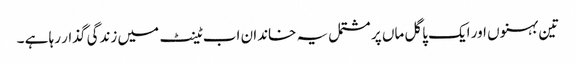
تین بہنوں اور ایک پاگل ماں پر مشتمل یہ خاندان اب ٹینٹ میں زندگی گذار رہا ہے ۔